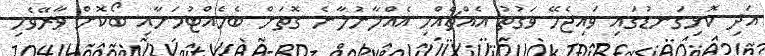
އަދި ކޮޅިގަނޑުގައި ވައިޖެހޭ ވަގުތު އެއްޗެއްހި އެއްލާނުލާނެ ގޮތަށް ބެހެއްޓުމަށާއި ބޯކޮށް ވާރޭވެހި